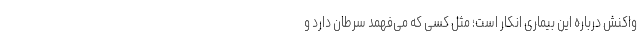
واکنش درباره این بیماری انکار است؛ مثل کسی که می‌فهمد سرطان دارد و